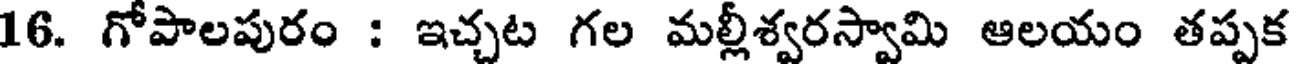
16. గోపాలపురం : ఇచ్చట గల మల్లీశ్వరస్వామి ఆలయం తప్పక